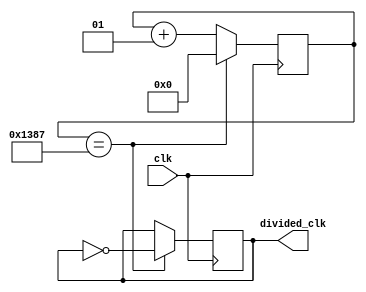
`timescale 1ns / 1ps
//////////////////////////////////////////////////////////////////////////////////
// Company: 
// Engineer: 
// 
// Design Name: 
// Module Name: clock_devider
// Project Name: 
// Target Devices: 
// Tool Versions: 
// Description: 
// 
// Dependencies: 
// 
// Revision:
// Revision 0.01 - File Created
// Additional Comments:
// 
//////////////////////////////////////////////////////////////////////////////////


module clock_devider(
input clk,
output reg divided_clk

    );
    integer counter_value=0;
    always @ (posedge clk)
    begin
        if(counter_value==4999)
        begin
            counter_value<=0;
            divided_clk<=~divided_clk;
        end
        else counter_value<= counter_value+1;
        
        
    end
endmodule